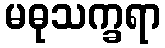
မဓုသက္ခရာ